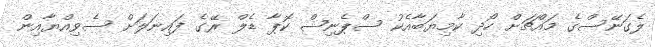
ލެގަނޭސްގެ މައްޗަށް ހޯދި ކާމިޔަބާއެކު ސްޕެނިޝް ކޮޕާ ޑެލް ރޭގެ ފައިނަލަށް ސެވިއްޔާއިން